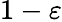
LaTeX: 1-\varepsilon